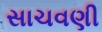
સાચવણી